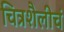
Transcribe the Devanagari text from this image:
चित्रशैलीचं